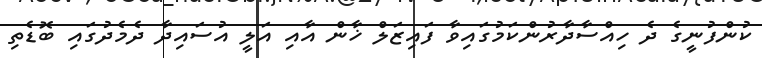
ކުންފުނީގެ ދެ ހިއްސާދާރުންކަމުގައިވާ ފައިޒަލް ޚާން އާއި އަލީ އުސައިދާ ދެމެދުގައި ބޮޑެތި